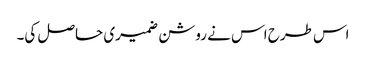
اس طرح اس نے روشن ضمیری حاصل کی۔